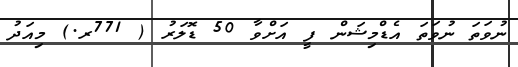
ނުވަތަ ނުވަތަ އެޑްމިޝަން ފީ އަށްވާ 50 ޑޮލަރު ( 771ރ.) މިއަދު